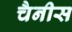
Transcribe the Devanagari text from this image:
चैनीस